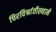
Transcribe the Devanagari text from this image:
चिरविश्रांतीस्थाने